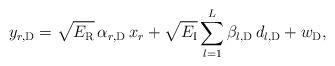
LaTeX: \begin{align*}y_{r, \mathrm{D}} = \sqrt {E_\mathrm{R}} \, \alpha _{r, \mathrm{D}} \, x_r + \sqrt {E_\mathrm{I}} \sum\limits_{l = 1}^L {\beta _{l, \mathrm{D}} } \, d_{l, \mathrm{D}} + w_\mathrm{D},\end{align*}